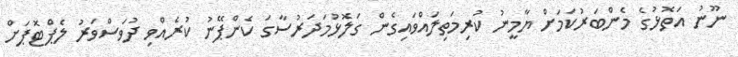
ނޫނު އަތޮޅުގެ މެންބަރުކަމަށް ޔާމީނު ކުރިމަތިލައްވައިގެން ގަލޮޅުމަދަރުސާގަ ކެންޕޭނު ކުރެއްވި ދުވަސްވަރު ލެޕްޓޮޕަށް